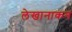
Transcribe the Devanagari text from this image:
लेखानाकन